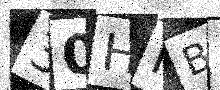
Text: 30HHB7